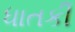
ધાતકી